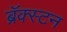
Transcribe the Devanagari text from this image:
ब्रॅक्स्टन